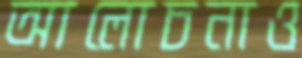
আলোচনাও